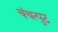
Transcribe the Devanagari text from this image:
चंचत्पुट